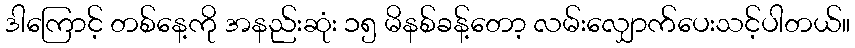
ဒါကြောင့် တစ်နေ့ကို အနည်းဆုံး ၁၅ မိနစ်ခန့်တော့ လမ်းလျှောက်ပေးသင့်ပါတယ်။